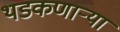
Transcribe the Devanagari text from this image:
थडकणार्‍या